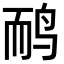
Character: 鸸